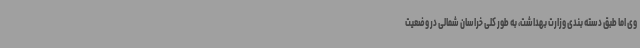
وی اما طبق دسته بندی وزارت بهداشت، به طور کلی خراسان شمالی در وضعیت